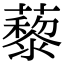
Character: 藜